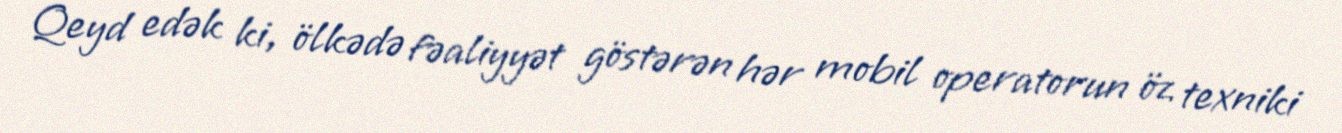
Qeyd edək ki, ölkədə fəaliyyət göstərən hər mobil operatorun öz texniki